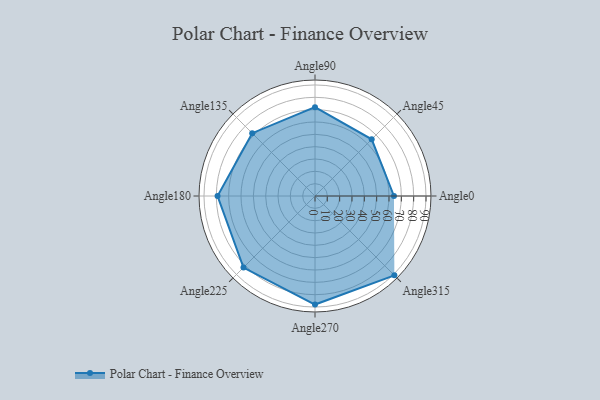
{"axis": {"x": "Angle", "y": "Radius"}, "legend": [""], "data": [{"x": "Angle0", "y": 64.0, "type": ""}, {"x": "Angle45", "y": 65.0, "type": ""}, {"x": "Angle90", "y": 72.0, "type": ""}, {"x": "Angle135", "y": 72.0, "type": ""}, {"x": "Angle180", "y": 79.0, "type": ""}, {"x": "Angle225", "y": 82.0, "type": ""}, {"x": "Angle270", "y": 88.0, "type": ""}, {"x": "Angle315", "y": 91.0, "type": ""}]}